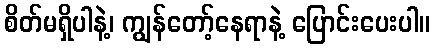
စိတ်မရှိပါနဲ့၊ ကျွန်တော့်နေရာနဲ့ ပြောင်းပေးပါ။